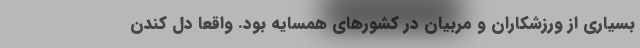
بسیاری از ورزشکاران و مربیان در کشورهای همسایه بود. واقعا دل کندن